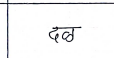
मजकूर: दळ